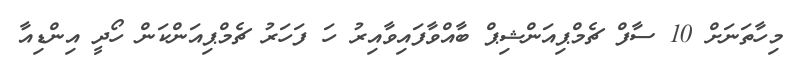
މިހާތަނަށް 10 ސާފް ޗެމްޕިއަންޝިޕް ބާއްވާފައިވާއިރު ހަ ފަހަރު ޗެމްޕިއަންކަން ހޯދީ އިންޑިއާ